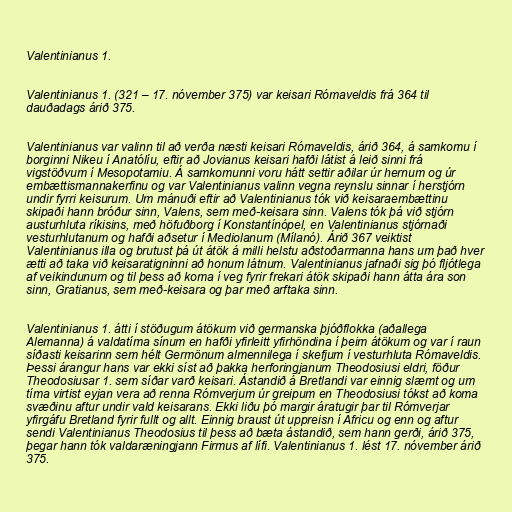
Valentinianus 1.

Valentinianus 1. (321 – 17. nóvember 375) var keisari Rómaveldis frá 364 til
dauðadags árið 375.

Valentinianus var valinn til að verða næsti keisari Rómaveldis, árið 364, á samkomu í
borginni Nikeu í Anatólíu, eftir að Jovianus keisari hafði látist á leið sinni frá
vigstöðvum í Mesopotamiu. Á samkomunni voru hátt settir aðilar úr hernum og úr
embættismannakerfinu og var Valentinianus valinn vegna reynslu sinnar í herstjórn
undir fyrri keisurum. Um mánuði eftir að Valentinianus tók við keisaraembættinu
skipaði hann bróður sinn, Valens, sem með-keisara sinn. Valens tók þá við stjórn
austurhluta ríkisins, með höfuðborg í Konstantínópel, en Valentinianus stjórnaði
vesturhlutanum og hafði aðsetur í Mediolanum (Mílanó). Árið 367 veiktist
Valentinianus illa og brutust þá út átök á milli helstu aðstoðarmanna hans um það hver
ætti að taka við keisaratigninni að honum látnum. Valentinianus jafnaði sig þó fljótlega
af veikindunum og til þess að koma í veg fyrir frekari átök skipaði hann átta ára son
sinn, Gratianus, sem með-keisara og þar með arftaka sinn.

Valentinianus 1. átti í stöðugum átökum við germanska þjóðflokka (aðallega
Alemanna) á valdatíma sínum en hafði yfirleitt yfirhöndina í þeim átökum og var í raun
síðasti keisarinn sem hélt Germönum almennilega í skefjum í vesturhluta Rómaveldis.
Þessi árangur hans var ekki síst að þakka herforingjanum Theodosiusi eldri, föður
Theodosiusar 1. sem síðar varð keisari. Ástandið á Bretlandi var einnig slæmt og um
tíma virtist eyjan vera að renna Rómverjum úr greipum en Theodosiusi tókst að koma
svæðinu aftur undir vald keisarans. Ekki liðu þó margir áratugir þar til Rómverjar
yfirgáfu Bretland fyrir fullt og allt. Einnig braust út uppreisn í Africu og enn og aftur
sendi Valentinianus Theodosius til þess að bæta ástandið, sem hann gerði, árið 375,
þegar hann tók valdaræningjann Firmus af lífi. Valentinianus 1. lést 17. nóvember árið
375.